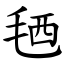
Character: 毢